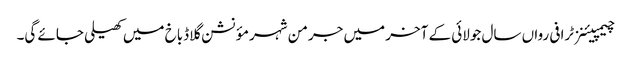
چیمپیئنز ٹرافی رواں سال جولائی کے آخر میں جرمن شہر مؤنشن گلاڈباخ میں کھیلی جائے گی۔